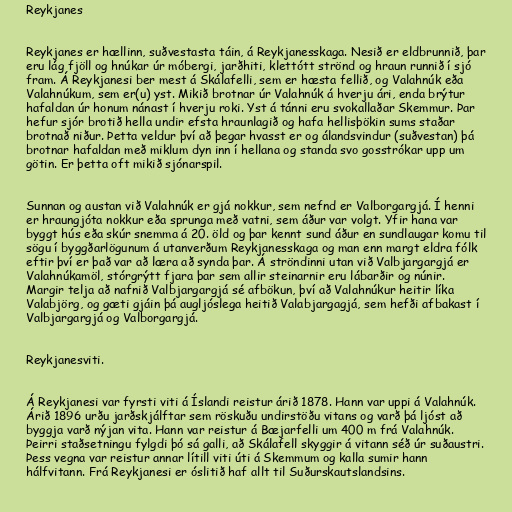
Reykjanes

Reykjanes er hællinn, suðvestasta táin, á Reykjanesskaga. Nesið er eldbrunnið, þar
eru lág fjöll og hnúkar úr móbergi, jarðhiti, klettótt strönd og hraun runnið í sjó
fram. Á Reykjanesi ber mest á Skálafelli, sem er hæsta fellið, og Valahnúk eða
Valahnúkum, sem er(u) yst. Mikið brotnar úr Valahnúk á hverju ári, enda brýtur
hafaldan úr honum nánast í hverju roki. Yst á tánni eru svokallaðar Skemmur. Þar
hefur sjór brotið hella undir efsta hraunlagið og hafa hellisþökin sums staðar
brotnað niður. Þetta veldur því að þegar hvasst er og álandsvindur (suðvestan) þá
brotnar hafaldan með miklum dyn inn í hellana og standa svo gosstrókar upp um
götin. Er þetta oft mikið sjónarspil.

Sunnan og austan við Valahnúk er gjá nokkur, sem nefnd er Valborgargjá. Í henni
er hraungjóta nokkur eða sprunga með vatni, sem áður var volgt. Yfir hana var
byggt hús eða skúr snemma á 20. öld og þar kennt sund áður en sundlaugar komu til
sögu í byggðarlögunum á utanverðum Reykjanesskaga og man enn margt eldra fólk
eftir því er það var að læra að synda þar. Á ströndinni utan við Valbjargargjá er
Valahnúkamöl, stórgrýtt fjara þar sem allir steinarnir eru lábarðir og núnir.
Margir telja að nafnið Valbjargargjá sé afbökun, því að Valahnúkur heitir líka
Valabjörg, og gæti gjáin þá augljóslega heitið Valabjargagjá, sem hefði afbakast í
Valbjargargjá og Valborgargjá.

Reykjanesviti.

Á Reykjanesi var fyrsti viti á Íslandi reistur árið 1878. Hann var uppi á Valahnúk.
Árið 1896 urðu jarðskjálftar sem röskuðu undirstöðu vitans og varð þá ljóst að
byggja varð nýjan vita. Hann var reistur á Bæjarfelli um 400 m frá Valahnúk.
Þeirri staðsetningu fylgdi þó sá galli, að Skálafell skyggir á vitann séð úr suðaustri.
Þess vegna var reistur annar lítill viti úti á Skemmum og kalla sumir hann
hálfvitann. Frá Reykjanesi er óslitið haf allt til Suðurskautslandsins.